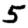
Digit: 5